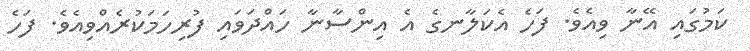
ކަމުގައި އޭނާ ވިއެވެ. ފަހެ އެކަލާނގެ އެ އިންސާނާ ހައްދަވައި ފުރިހަމަކުރެއްވިއެވެ. ފަހެ